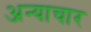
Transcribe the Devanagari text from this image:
अन्याचार